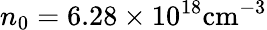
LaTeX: n_{0}=6.28\times 10^{18}\mathrm{{cm^{-3}}}